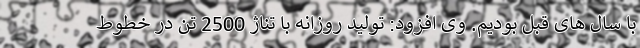
با سال های قبل بودیم. وی افزود: تولید روزانه با تناژ 2500 تن در خطوط